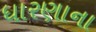
ધારણાના